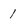
Character: 1